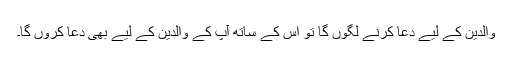
والدین کے لیے دعا کرنے لگوں گا تو اس کے ساتھ آپ کے والدین کے لیے بھی دعا کروں گا۔